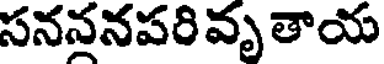
సనననపరి వృ తాయ